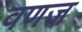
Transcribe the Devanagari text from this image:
वणज